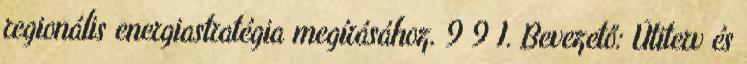
regionális energiastratégia megírásához. 9 9 I. Bevezető: Útiterv és